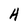
Character: A